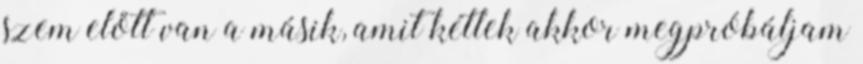
szem előtt van a másik, amit kétlek akkor megpróbáljam